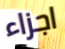
اجزاء